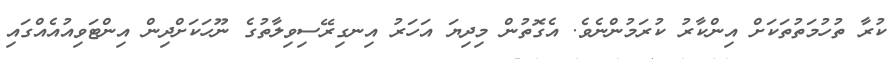
ކުރާ ތުހުމަތުތަކަށް އިންކާރު ކުރަމުންނެވެ. އެގޮތުން މިދިޔަ އަހަރު އިނގިރޭސިވިލާތުގެ ނޫހަކަށްދިން އިންޓަވިއުއެއްގައި